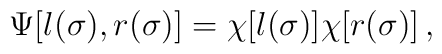
\Psi[l (\sigma), r (\sigma)] = \chi [l (\sigma)] \chi[r (\sigma)]\, ,